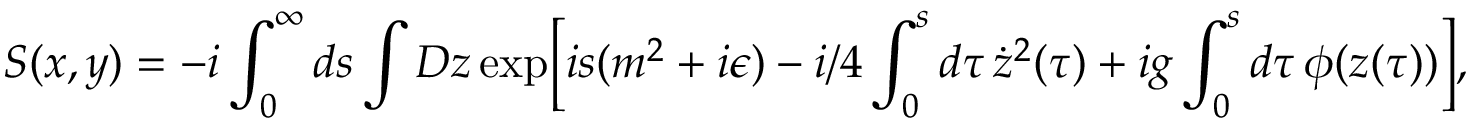
S ( x , y ) = - i \int _ { 0 } ^ { \infty } d s \int { \cal D } z \, \mathrm { e x p } \biggl [ i s ( m ^ { 2 } + i \epsilon ) - i / 4 \int _ { 0 } ^ { s } d \tau \, \dot { z } ^ { 2 } ( \tau ) + i g \int _ { 0 } ^ { s } d \tau \, \phi ( z ( \tau ) ) \biggr ] ,